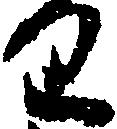
り